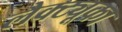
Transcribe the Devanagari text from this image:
लैक्ट्यूका